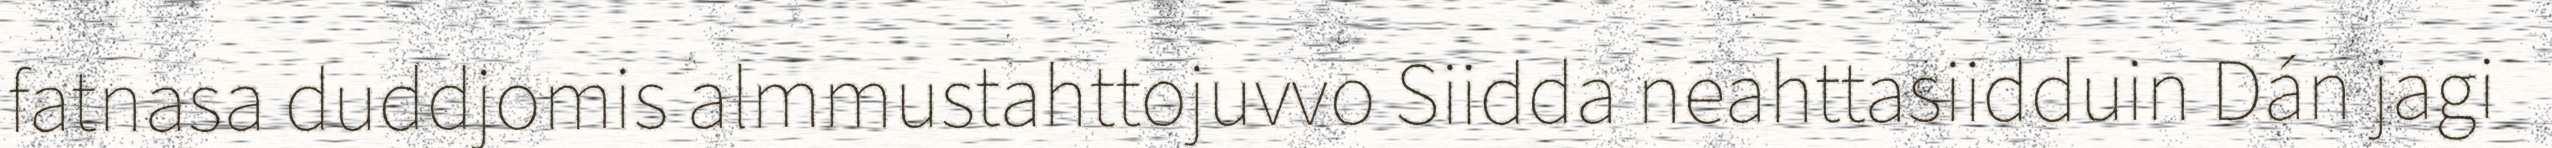
fatnasa duddjomis almmustahttojuvvo Siidda neahttasiidduin Dán jagi